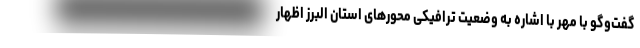
گفت‌وگو با مهر با اشاره به وضعیت ترافیکی محورهای استان البرز اظهار